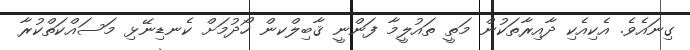
ގިނައެވެ. އެކިއެކި ދާއިރާތަކުން މަތީ ތައުލީމާ ފަންނީ ޤާބިލްކން ހޯދުމަށް ކެނޑިނޭޅި މަސައްކަތްކުރާ